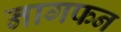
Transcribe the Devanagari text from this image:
नागफन